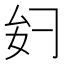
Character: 𫨧